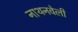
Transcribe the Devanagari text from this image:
नाथनवेली